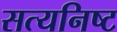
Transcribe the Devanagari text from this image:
सत्यनिष्ट